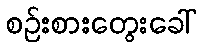
စဉ်းစားတွေးခေါ်